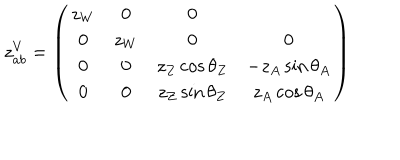
z _ { a b } ^ { V } = \left( \begin{array} { c c c c } { { z _ { W } } } & { { 0 } } & { { 0 } } \\ { { 0 } } & { { z _ { W } } } & { { 0 } } & { { 0 } } \\ { { 0 } } & { { 0 } } & { { z _ { Z } \cos \theta _ { Z } } } & { { - z _ { A } \sin \theta _ { A } } } \\ { { 0 } } & { { 0 } } & { { z _ { Z } \sin \theta _ { Z } } } & { { z _ { A } \cos \theta _ { A } } } \\ \end{array} \right)